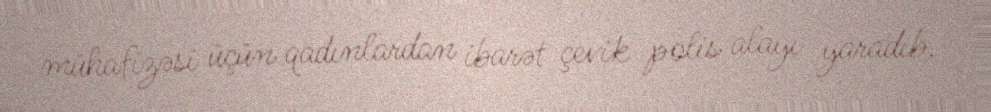
mühafizəsi üçün qadınlardan ibarət çevik polis alayı yaradıb.